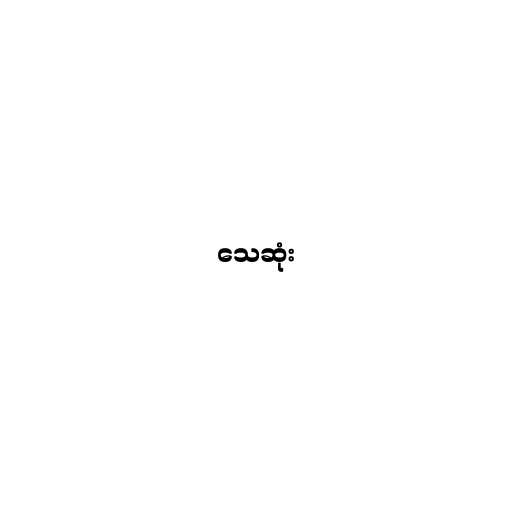
သေဆုံး